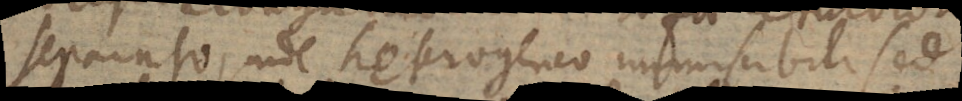
separato, unde heterogeneo immiscibili sed